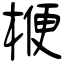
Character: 楩